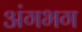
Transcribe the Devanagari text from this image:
अंगभग